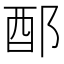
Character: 𨟰